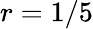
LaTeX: r=1/5